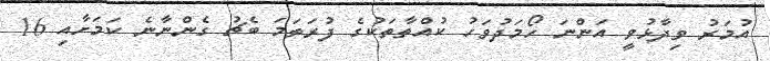
އުމަރު ވިދާޅުވީ އަންނަ ހޯމަދުވަހު ކުއްތާތަކުގެ ފުރަތަމަ ބެޗު ގެންނާނެ ކަމަށާއި 16